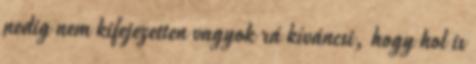
pedig nem kifejezetten vagyok rá kíváncsi, hogy hol is